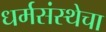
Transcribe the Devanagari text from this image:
धर्मसंस्थेचा